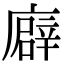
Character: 廦